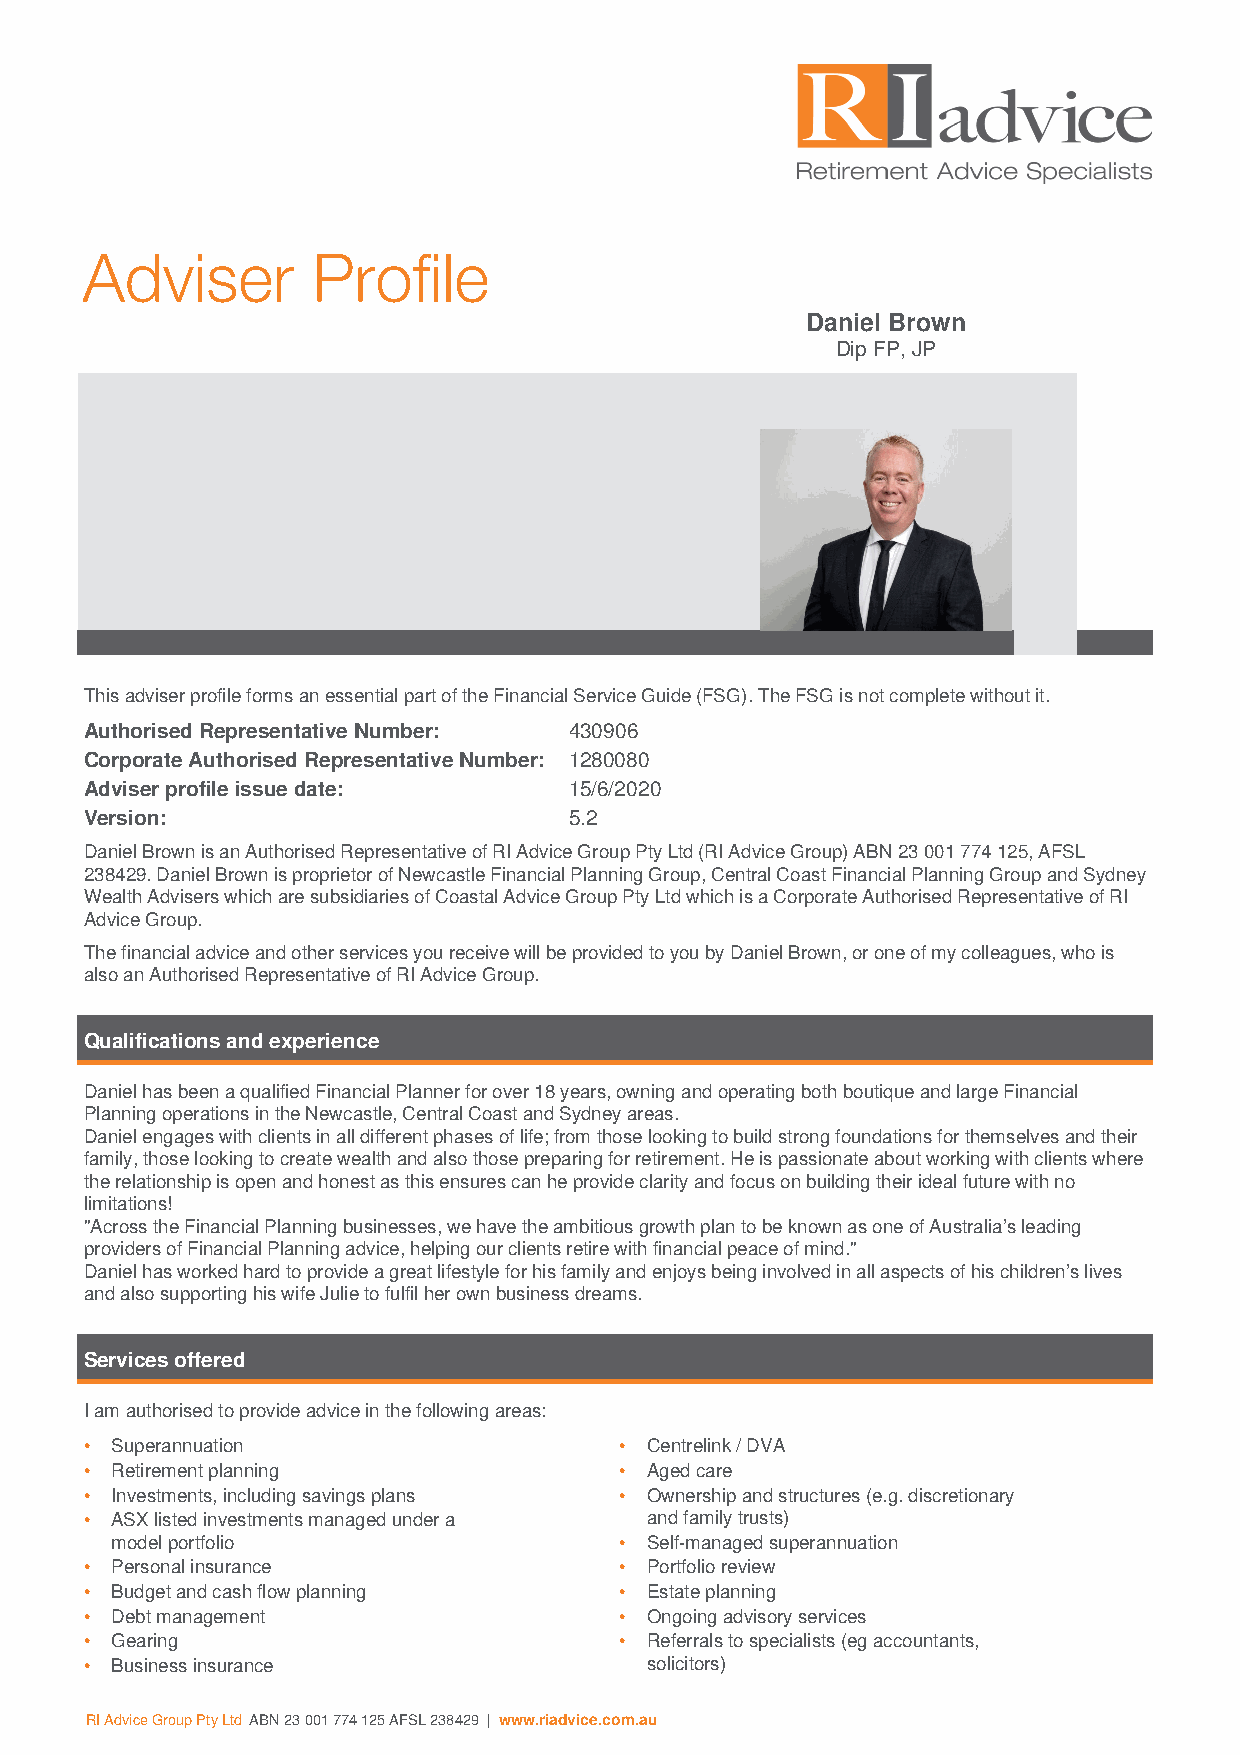
Adviser         Profile
 Daniel Brown
 Dip FP, JP
 This adviser profile forms an essential part of the Financial Service Guide (FSG). The FSG is not complete without it.
 Authorised Representative Number: 430906
 Corporate Authorised Representative Number: 1280080
 Adviser profile issue date:     15/6/2020
 Version:                        5.2
 Daniel Brown is an Authorised Representative of RI Advice Group Pty Ltd (RI Advice Group) ABN 23 001 774 125, AFSL
 238429. Daniel Brown is proprietor of Newcastle Financial Planning Group, Central Coast Financial Planning Group and Sydney
 Wealth Advisers which are subsidiaries of Coastal Advice Group Pty Ltd which is a Corporate Authorised Representative of RI
 Advice Group.
 The financial advice and other services you receive will be provided to you by Daniel Brown, or one of my colleagues, who is
 also an Authorised Representative of RI Advice Group.
 Qualifications and experience
 Daniel has been a qualified Financial Planner for over 18 years, owning and operating both boutique and large Financial
 Planning operations in the Newcastle, Central Coast and Sydney areas.
 Daniel engages with clients in all different phases of life; from those looking to build strong foundations for themselves and their
 family, those looking to create wealth and also those preparing for retirement. He is passionate about working with clients where
 the relationship is open and honest as this ensures can he provide clarity and focus on building their ideal future with no
 limitations!
 "Across the Financial Planning businesses, we have the ambitious growth plan to be known as one of Australia’s leading
 providers of Financial Planning advice, helping our clients retire with financial peace of mind."
 Daniel has worked hard to provide a great lifestyle for his family and enjoys being involved in all aspects of his children’s lives
 and also supporting his wife Julie to fulfil her own business dreams.
 Services offered
 I am authorised to provide advice in the following areas:
 • Superannuation                   • Centrelink / DVA
 • Retirement planning              • Aged care
 • Investments, including savings plans • Ownership and structures (e.g. discretionary
 • ASX listed investments managed under a and family trusts)
 model portfolio                   • Self-managed superannuation
 • Personal insurance               • Portfolio review
 • Budget and cash flow planning    • Estate planning
 • Debt management                  • Ongoing advisory services
 • Gearing                          • Referrals to specialists (eg accountants,
 • Business insurance                 solicitors)
 RI Advice Group Pty Ltd ABN 23 001 774 125 AFSL 238429 | www.riadvice.com.au